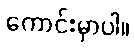
ကောင်းမှာပါ။